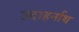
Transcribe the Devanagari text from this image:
उदाहर्नाथ